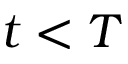
t < T